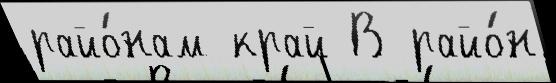
райо́нам край В райо́н